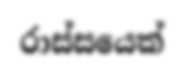
රාස්සයෙක්